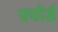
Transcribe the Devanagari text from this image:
फ़्योर्ड